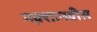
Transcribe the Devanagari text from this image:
नक़्शानवीस